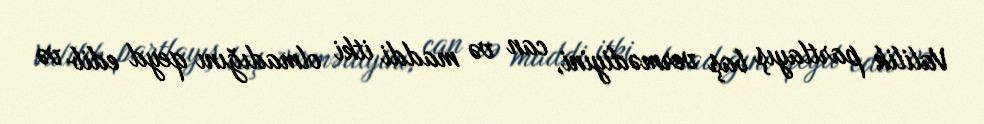
Valilik partlayış baş vermədiyini, can və maddi itki olmadığını qeyd edib və